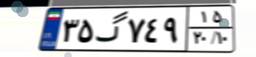
۳۵گ۷۴۹۱۵